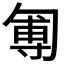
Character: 𠣵